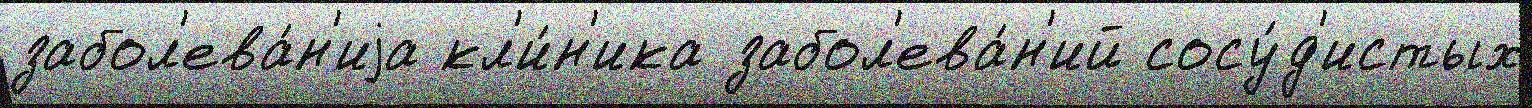
забол'ева́н'иjа кл'и́н'ика забол'ева́н'ий сосу́д'истых